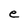
Character: e